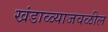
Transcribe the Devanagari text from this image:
खंडाळ्याजवळील